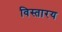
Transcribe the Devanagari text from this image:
विस्तारय